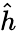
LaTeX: \hat{h}